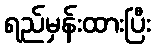
ရည်မှန်းထားပြီး